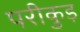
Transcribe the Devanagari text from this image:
परीकुड़